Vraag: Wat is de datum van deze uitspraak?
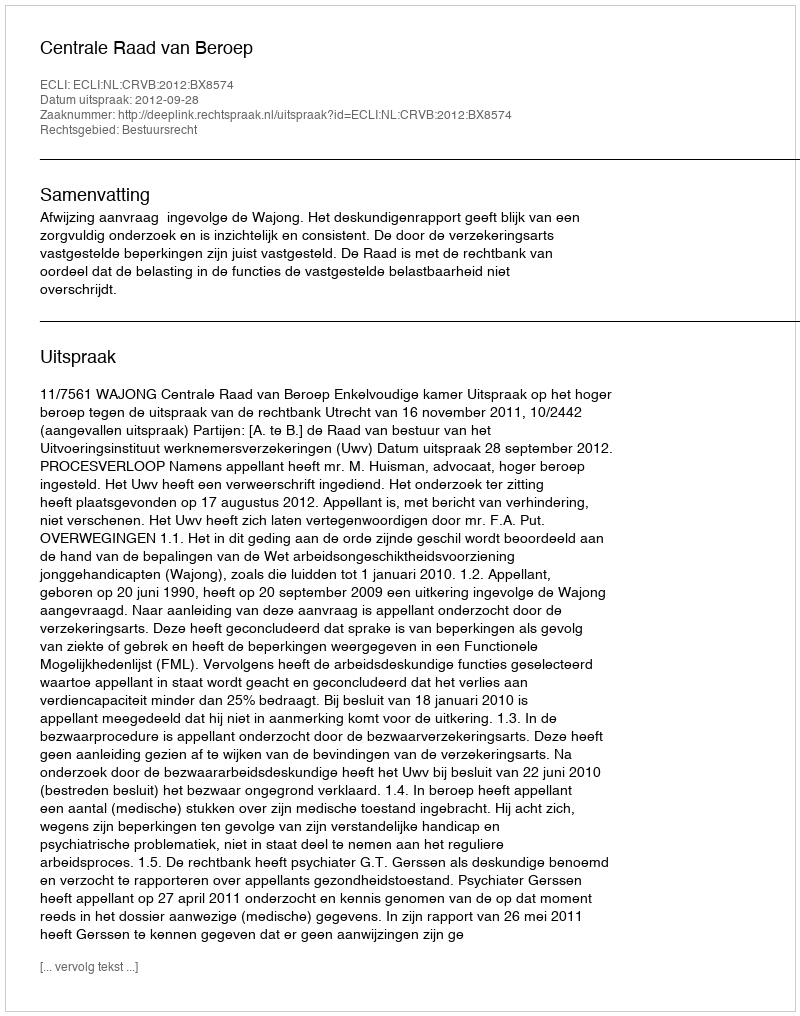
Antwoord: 2012-09-28